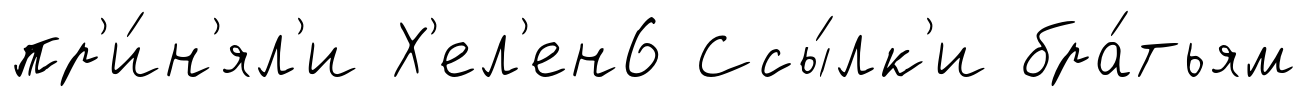
пр'и́н'ял'и Х'ел'ен6 Ссы́лк'и бра́тьям